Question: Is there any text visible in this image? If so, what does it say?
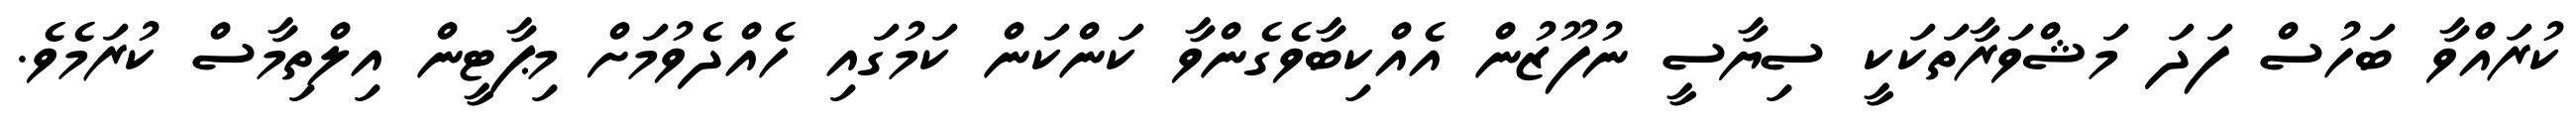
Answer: ކުރައްވާ ބަހުސް ފަދަ މަޝްވަރާތަކަކީ ސިޔާސީ ނުފޫޒުން އެއްކިބާވެގެންވާ ކަންކަން ކަމުގައި ހެއްދެވުމަށް މިޕާޓީން އިލްތިމާސް ކުރަމެވެ.